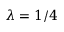
\lambda = 1 / 4